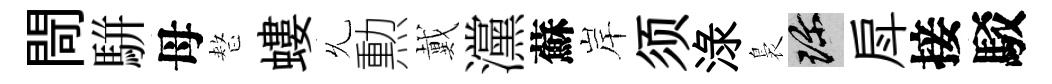
閜駢母整螻𠃔勲戴灙蘇岸须渌裊珍戽接駁